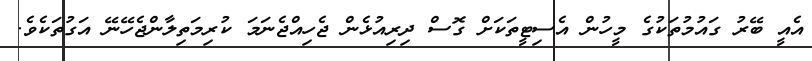
އެއީ ބޭރު ގައުމުތަކުގެ މީހުން އެސިޓީތަކަށް ގޮސް ދިރިއުޅެން ޖެހިއްޖެނަމަ ކުރިމަތިލާންޖެހޭނޭ އަގުތަކެވެ.